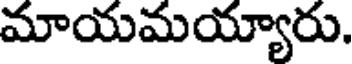
మాయమయ్యారు.